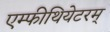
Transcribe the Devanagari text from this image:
एम्फीथियेटरम्